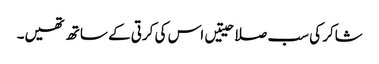
شاکر کی سب صلاحیتیں اس کی کرتی کے ساتھ تھیں۔